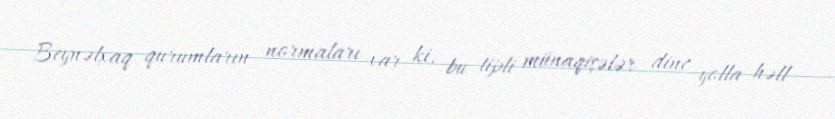
Beynəlxaq qurumların normaları var ki, bu tipli münaqişələr dinc yolla həll